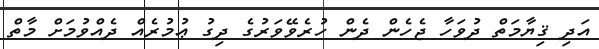
އަދި ޤިޔާމަތް ދުވަހާ ޖެހެން ދެން ހުރެވޭވަރުގެ ދިގު ޢުމުރެއް ދެއްވުމަށް މާތް